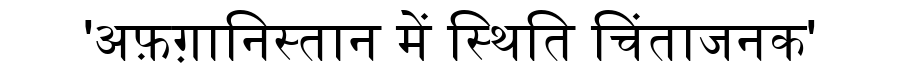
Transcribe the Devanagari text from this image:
'अफ़ग़ानिस्तान में स्थिति चिंताजनक'